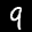
Label: 9